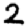
Digit: 2